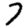
Digit: 7